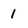
Character: 1